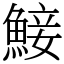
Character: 鯜